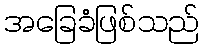
အခြေခံဖြစ်သည်